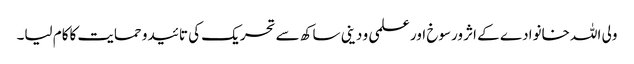
ولی اللہ خانوادے کے اثر ورسوخ اور علمی و دینی ساکھ سے تحریک کی تائیدو حمایت کاکام لیا۔